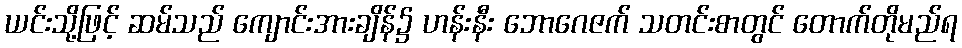
ယင်းသို့ဖြင့် ဆမ်သည် ကျောင်းအားချိန်၌ ဟန်းနီး ဘောဂေဇက် သတင်းစာတွင် တောက်တိုမည်ရ